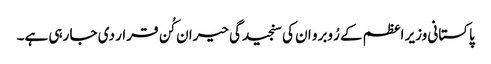
پاکستانی وزیر اعظم کے رُوبرو ان کی سنجیدگی حیران کُن قرار دی جا رہی ہے۔